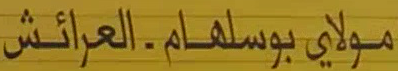
مولاي بوسلهام - العر